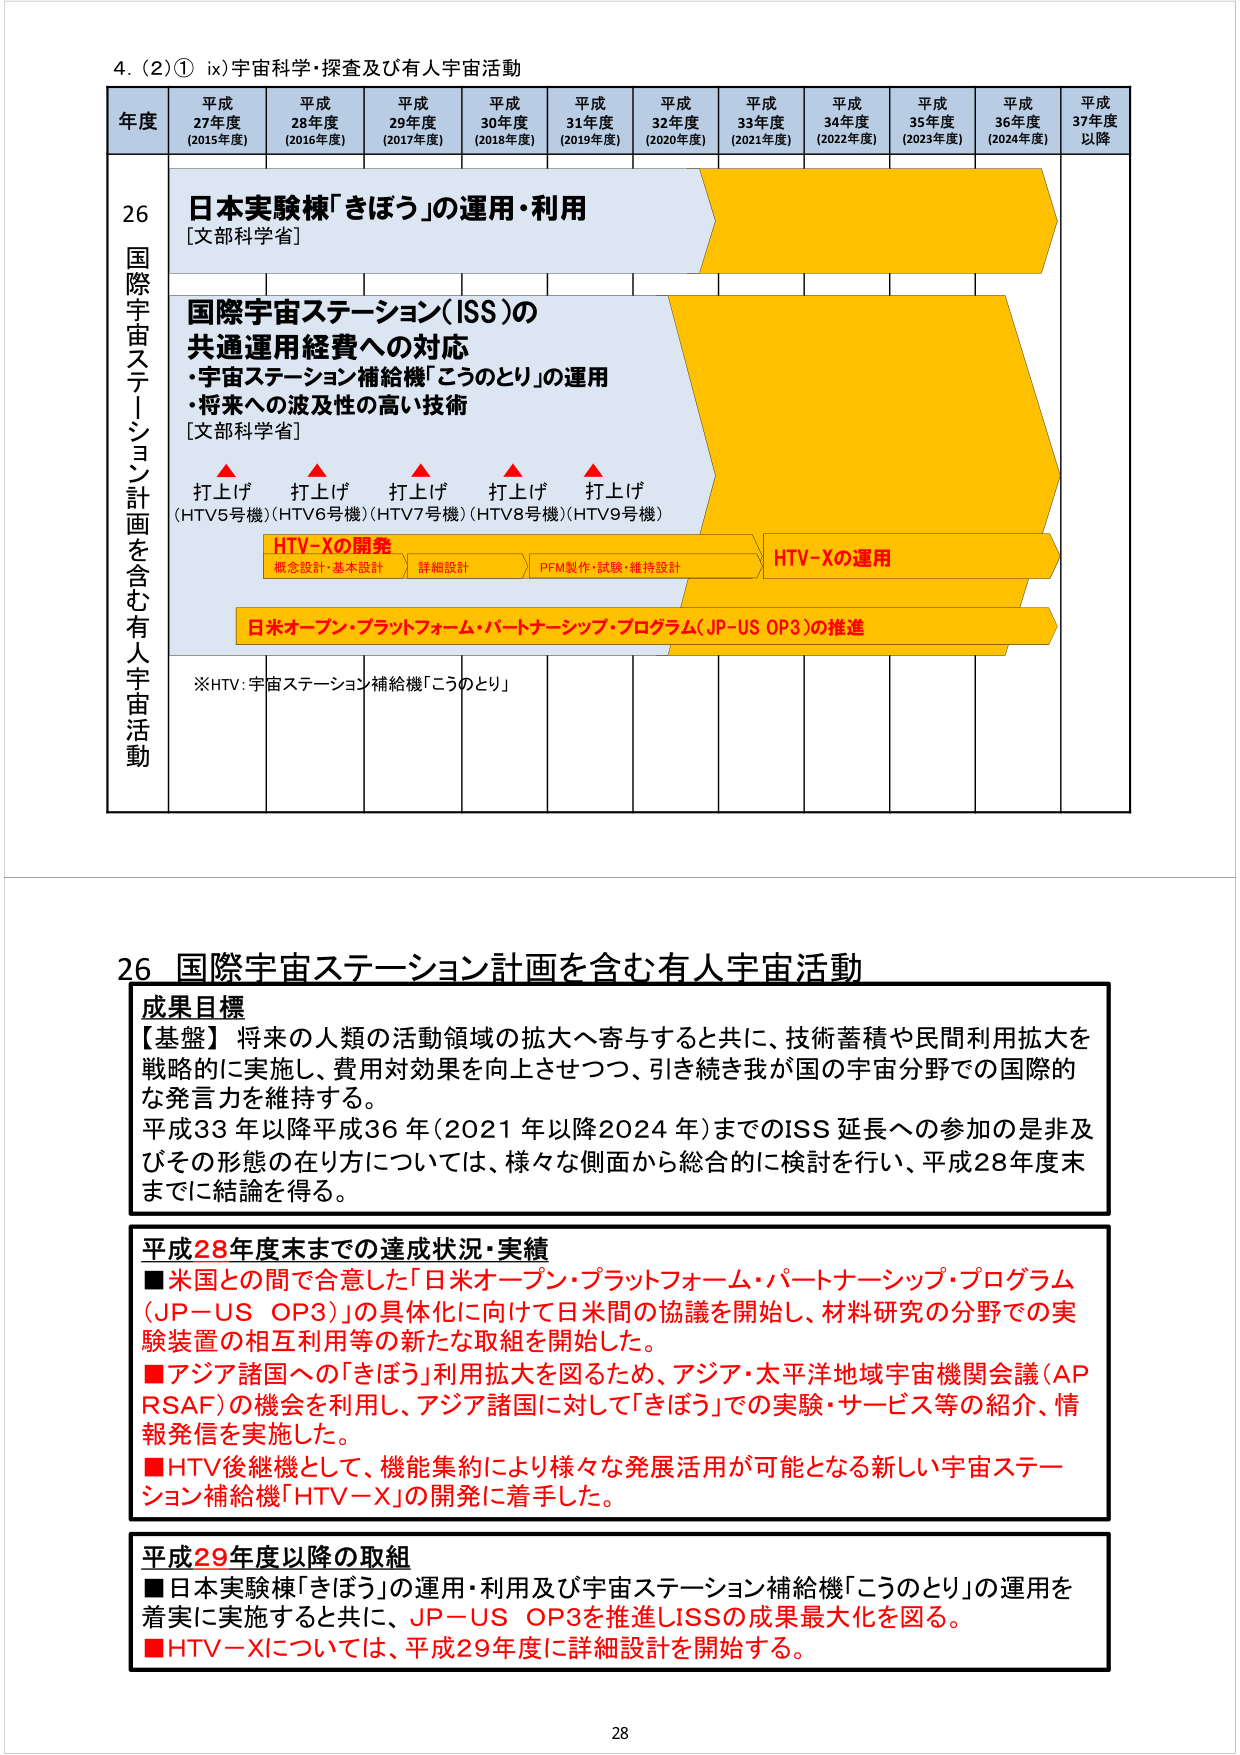
4. (2)① ix)宇宙科学・探査及び有人宇宙活動

年度 平成27年度 (2015年度) 平成28年度 (2016年度) 平成29年度 (2017年度) 平成30年度 (2018年度) 平成31年度 (2019年度) 平成32年度 (2020年度) 平成33年度 (2021年度) 平成34年度 (2022年度) 平成35年度 (2023年度) 平成36年度 (2024年度) 平成37年度以降

26 国際宇宙ステーション計画を含む有人宇宙活動

日本実験棟「きぼう」の運用・利用 [文部科学省]

国際宇宙ステーション(ISS)の共通運用経費への対応
・宇宙ステーション補給機「こうのとり」の運用
・将来への波及性の高い技術 [文部科学省]

▲打上げ (HTV5号機) ▲打上げ (HTV6号機) ▲打上げ (HTV7号機) ▲打上げ (HTV8号機) ▲打上げ (HTV9号機)

HTV-Xの開発
概念設計・基本設計 詳細設計 PFM製作・試験・維持設計

HTV-Xの運用

日米オープン・プラットフォーム・パートナーシップ・プログラム(JP-US OP3)の推進

※HTV:宇宙ステーション補給機「こうのとり」

26 国際宇宙ステーション計画を含む有人宇宙活動

成果目標
【基盤】将来の人類の活動領域の拡大へ寄与すると共に、技術蓄積や民間利用拡大を戦略的に実施し、費用対効果を向上させつつ、引き続き我が国の宇宙分野での国際的な発言力を維持する。
平成33年以降平成36年(2021年以降2024年)までのISS延長への参加の是非及びその形態の在り方については、様々な側面から総合的に検討を行い、平成28年度末までに結論を得る。

平成28年度末までの達成状況・実績
■米国との間で合意した「日米オープン・プラットフォーム・パートナーシップ・プログラム(JP-US OP3)」の具体化に向けて日米間の協議を開始し、材料研究の分野での実験装置の相互利用等の新たな取組を開始した。
■アジア諸国への「きぼう」利用拡大を図るため、アジア・太平洋地域宇宙機関会議(APRSAF)の機会を利用して、アジア諸国に対して「きぼう」での実験・サービス等の紹介、情報発信を実施した。
■HTV後継機として、機能集約により様々な発展活用が可能となる新しい宇宙ステーション補給機「HTV-X」の開発に着手した。

平成29年度以降の取組
■日本実験棟「きぼう」の運用・利用及び宇宙ステーション補給機「こうのとり」の運用を着実に実施すると共に、JP-US OP3を推進しISSの成果最大化を図る。
■HTV-Xについては、平成29年度に詳細設計を開始する。

28